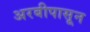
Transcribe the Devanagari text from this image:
अरबीपासून